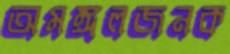
অমঙ্গলজনক